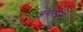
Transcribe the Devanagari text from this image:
अग्रसेन्